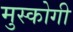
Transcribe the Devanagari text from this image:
मुस्कोगी